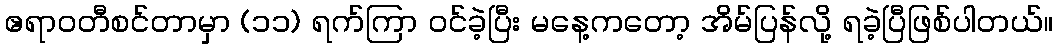
ဧရာဝတီစင်တာမှာ (၁၁) ရက်ကြာ ဝင်ခဲ့ပြီး မနေ့ကတော့ အိမ်ပြန်လို့ ရခဲ့ပြီဖြစ်ပါတယ်။